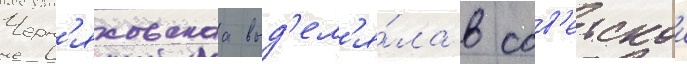
Черн'яховскаа выд'ел'я́ла в сов'етскои